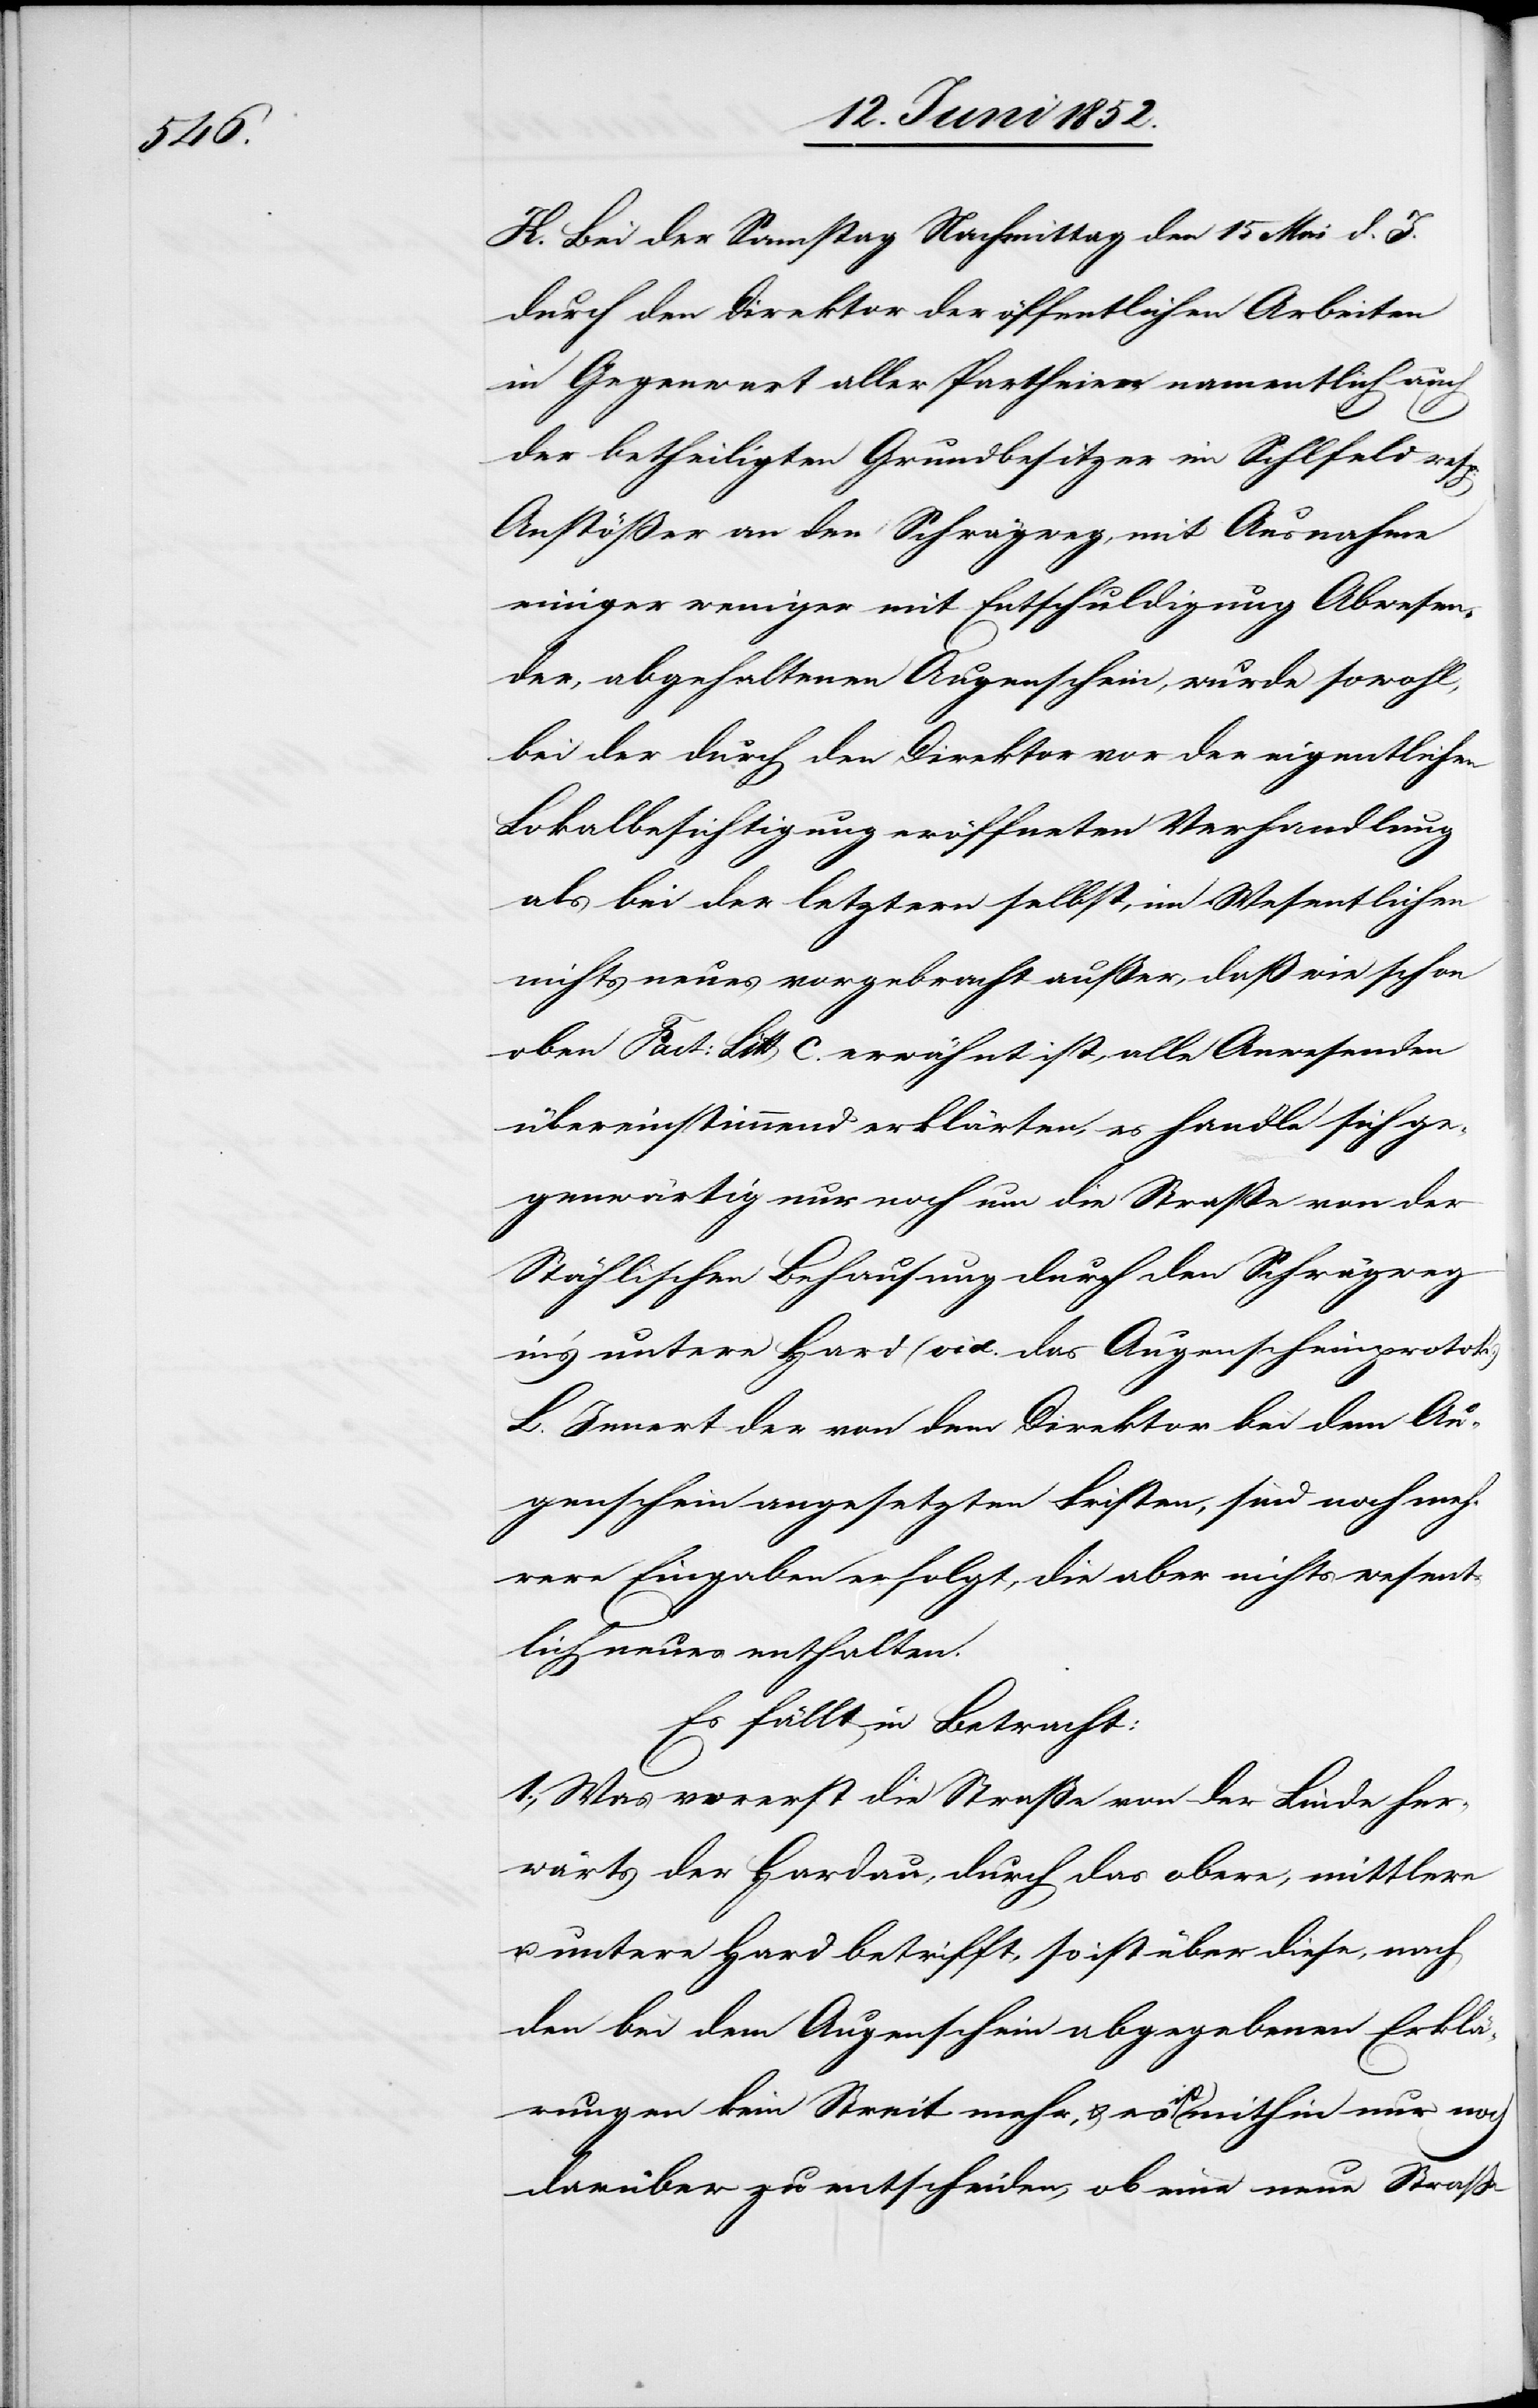
Bei der [sic!] Samstag Nachmittag den 15 Mai d. J.
durch den Direktor der öffentlichen Arbeiten
in Gegenwart aller Partheien, namentlich auch
der betheiligten Grundbesitzer im Sihlfeld resp:
Anstößer an den Schrägweg, mit Ausnahme
einiger weniger mit Entschuldigung Abwesen¬
der, abgehaltenen Augenschein, wurde sowohl,
bei der durch den Direktor vor der eigentlichen
Lokalbesichtigung eröffneten Verhandlung
als bei der letztern selbst, im Wesentlichen
nichts neues vorgebracht außer, daß wie schon
oben Fact: Litt C. erwähnt ist, alle Anwesenden
übereinstimmend erklärten, es handle sich ge¬
genwärtig nur noch um die Straße von der
Stählischen Behausung durch den Schrägweg
in’s untere Hard (vid. das Augenscheinprotok:)
L. Innert der von dem Direktor bei dem Au¬
genschein angesetzten Fristen, sind noch meh¬
rere Eingaben erfolgt, die aber nichts wesent¬
lich neues enthalten.
Es fällt in Betracht:
1., Was vorerst die Straße von der Linde her¬
wärts der Hardau, durch das obere, mittlere
u. untere Hard betrifft, so ist über diese, nach
den bei dem Augenschein abgegebenen Erklä¬
rungen kein Streit mehr, & es ist mithin nur noch
darüber zu entscheiden, ob eine neue Strasse